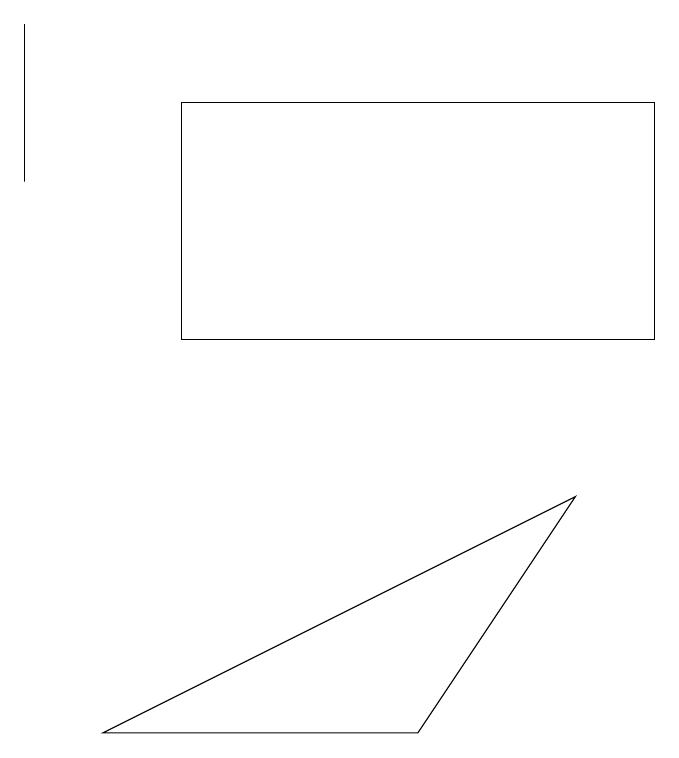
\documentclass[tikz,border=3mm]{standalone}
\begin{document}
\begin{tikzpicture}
\draw (1,15) rectangle (1,13);
\draw (3,11) rectangle (9,14);
\draw (8,9) -- (2,6) -- (6,6) -- cycle;
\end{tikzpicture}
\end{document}